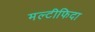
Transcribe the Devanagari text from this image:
मल्टीफिदा